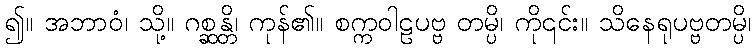
၍။ အဘာဝံ၊ သို့။ ဂစ္ဆန္တိ၊ ကုန်၏။ စက္ကဝါဠပဗ္ဗ တမ္ပိ၊ ကို၎င်း။ သိနေရုပဗ္ဗတမ္ပိ၊